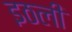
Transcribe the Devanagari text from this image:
इठली